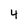
Character: 4